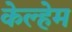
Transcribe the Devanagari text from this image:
केल्हेम